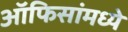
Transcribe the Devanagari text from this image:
ऑफिसांमध्ये